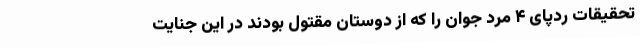
تحقیقات ردپای ۴ مرد جوان را که از دوستان مقتول بودند در این جنایت